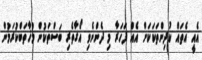
އެއީ އެތައް ކުދިންތަކަކަށް އެއް ފަހަރާ މި ދެންނެވި އޯގާތެރި ބަސްތަކުން މުޚާތަބްކުރަމުން